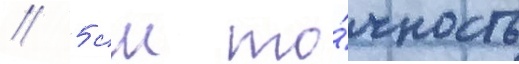
// 5 см то́чность